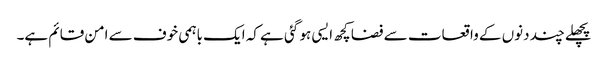
پچھلے چند دنوں کے واقعات سے فضا کچھ ایسی ہو گئی ہے کہ ایک باہمی خوف سے امن قائم ہے۔